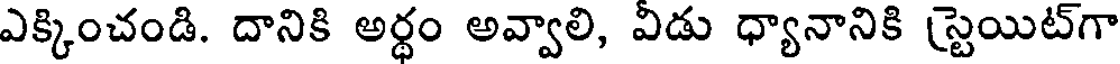
ఎక్కించండి. దానికి అర్థం అవ్వాలి, వీడు ధ్యానానికి స్టెయిట్గా